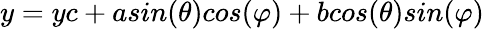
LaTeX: y=yc+asin(\theta)cos(\varphi)+bcos(\theta)sin(\varphi)